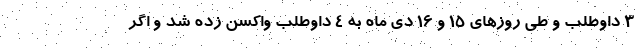
۳ داوطلب و طی روزهای ۱۵ و ۱۶ دی ماه به ۴ داوطلب واکسن زده شد و اگر